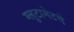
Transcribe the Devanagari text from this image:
ग्लुटामेटचे